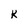
Character: k